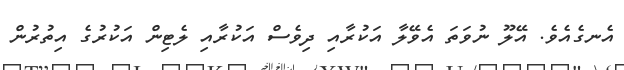
އެނގެއެވެ. އޭލޫ ނުވަތަ އެވޭލާ އަކުރާއި ދިވެސް އަކުރާއި ލެޓިން އަކުރުގެ އިތުރުން